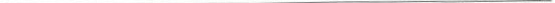
___